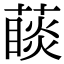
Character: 𦽉